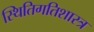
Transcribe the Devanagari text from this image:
स्थितिगतिशास्त्र